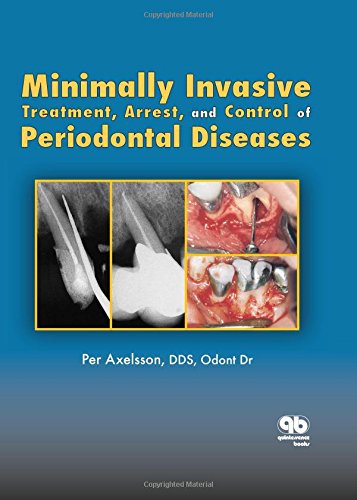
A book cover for Minimally Invasive Treatment, Arrest, and Control of Periodontal Diseases (The Axelsson Series on Preventive Dentistry); Per Axelsson; Medical Books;